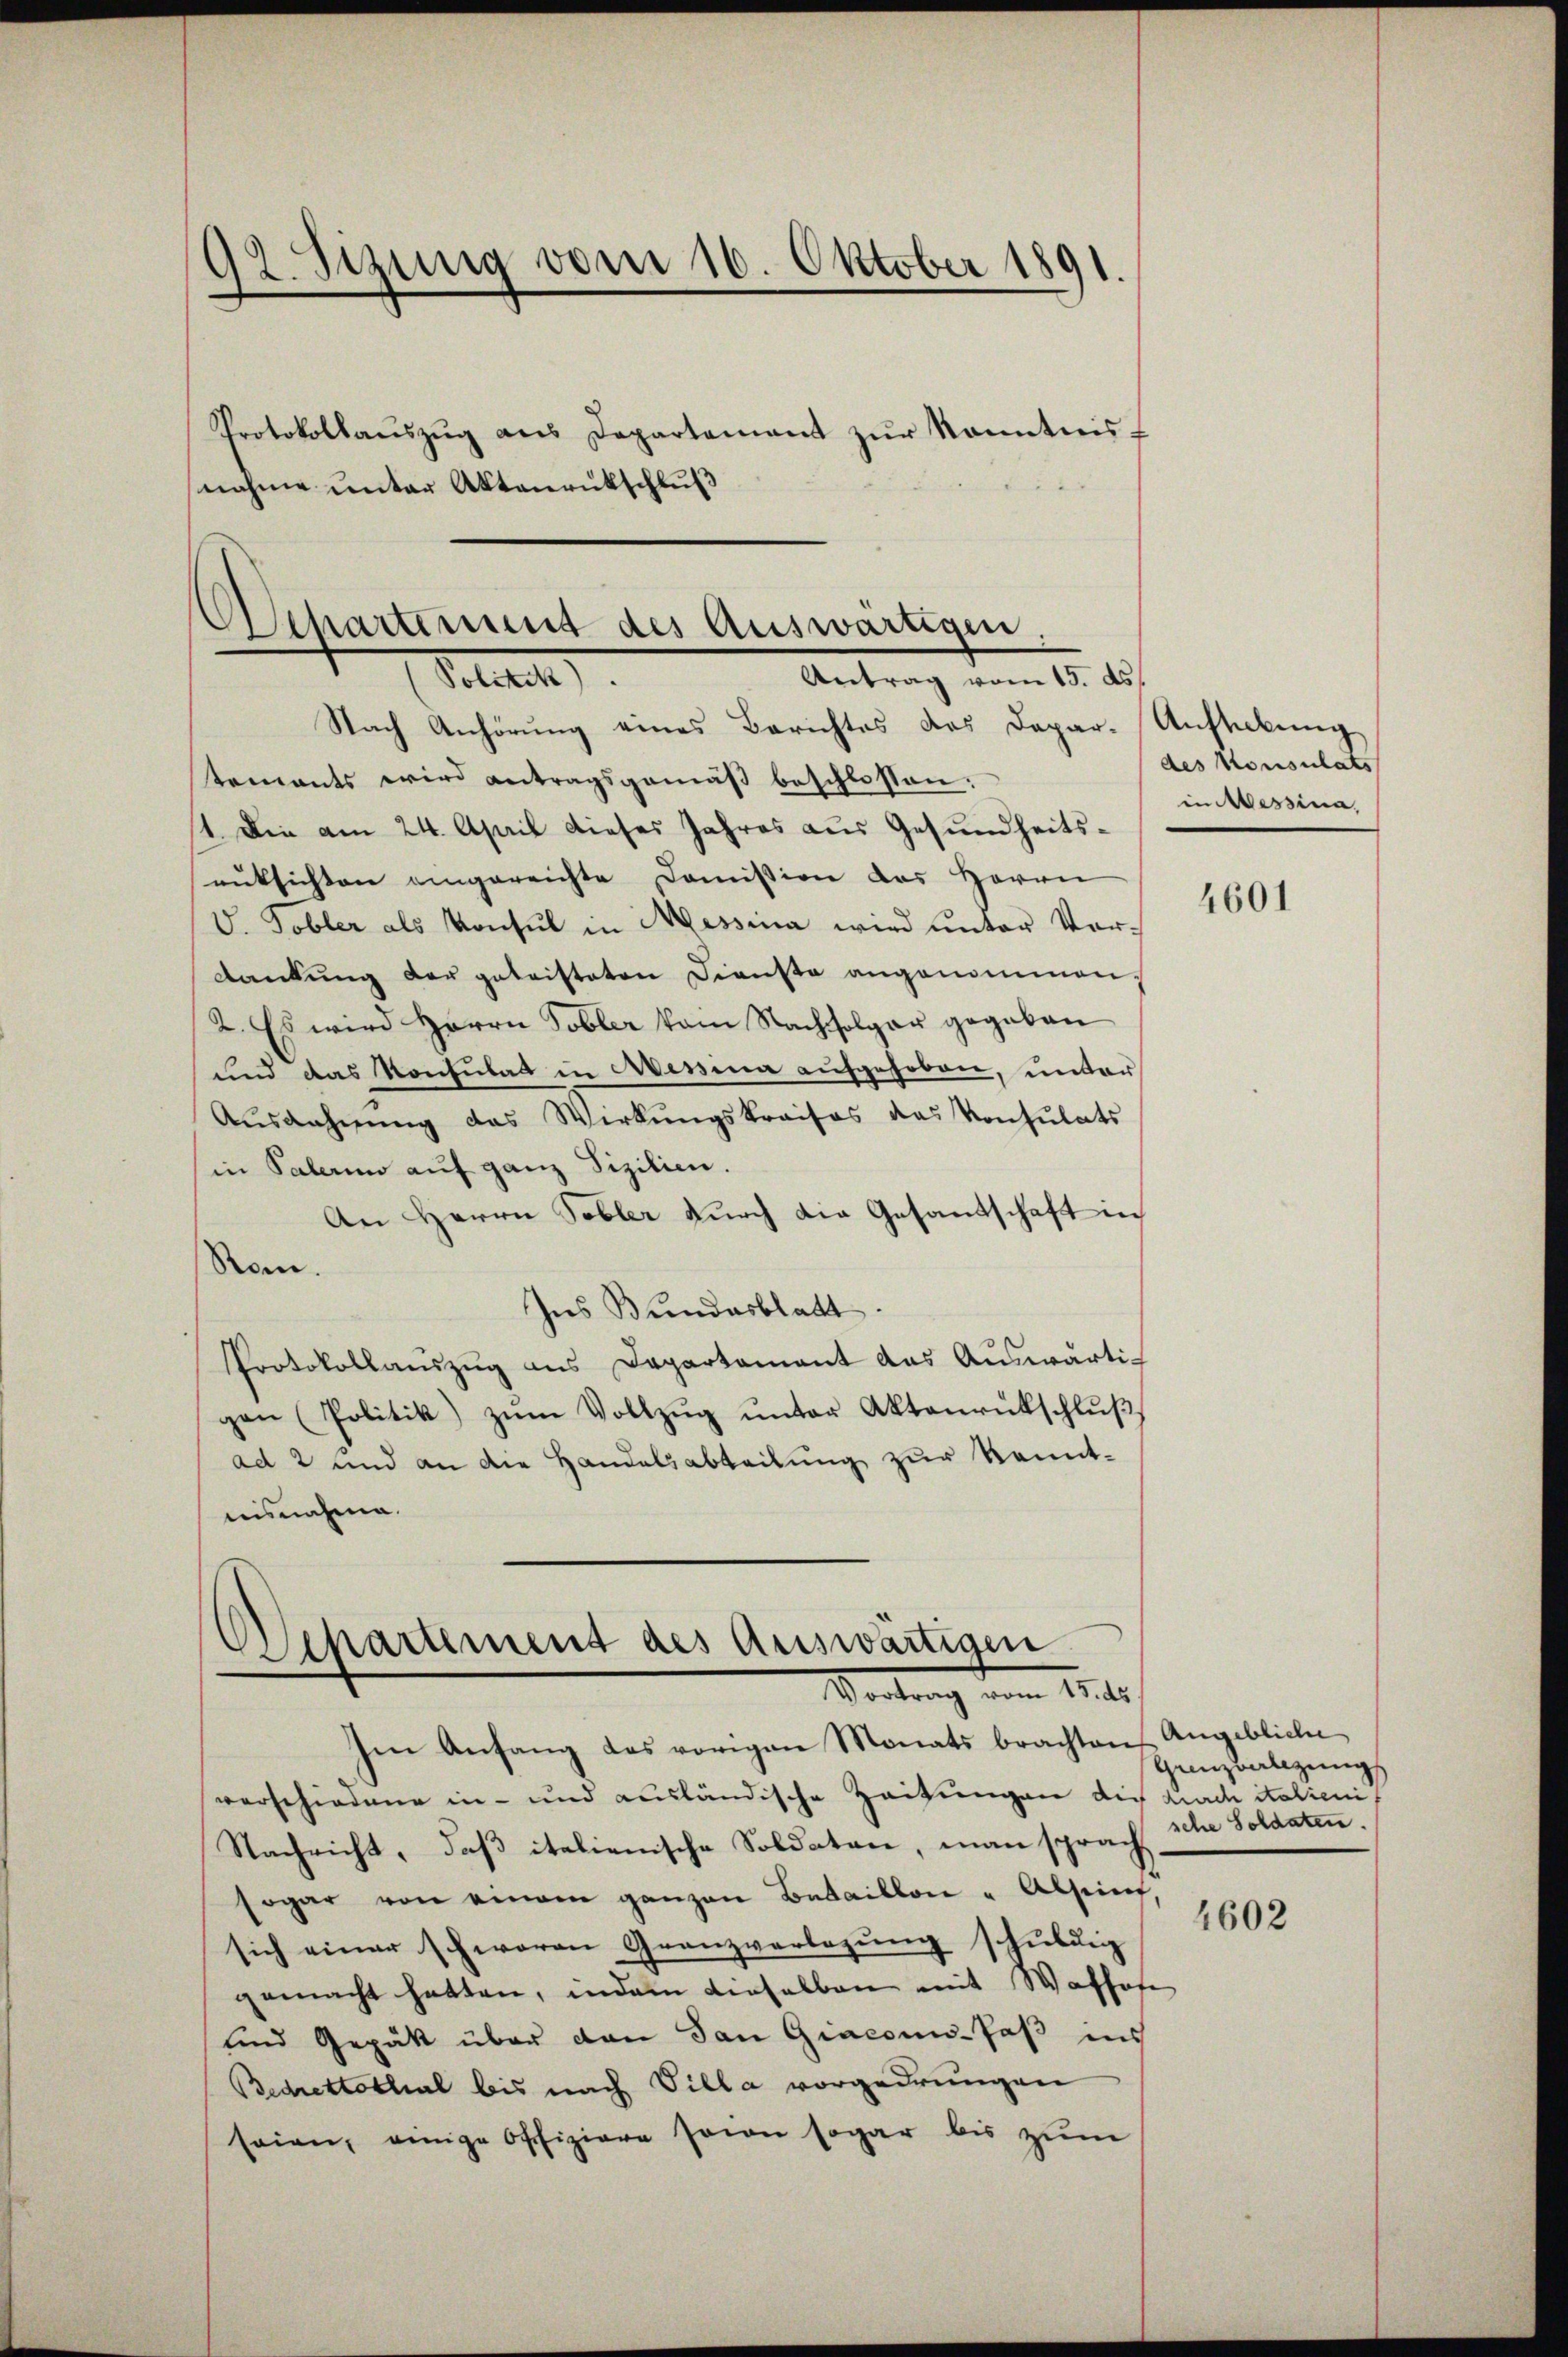
92. Sizung vom 16. Oktober 1891.
Protokollauszug aus Departement zur Kenntnisnahme unter Aktenrückschluß

Nach Anhörŭng eines Berichtes das Dapar-Anstabŭng
tements wird antragsgemäß beschlossen:
1. Die am 24. April dieses Jahres aus Gesundheitsrüksichten eingereichte Doṁission des Herrn
V. Tobler als Konsul in Messina wird unter Vordankŭng der geleisteten Dienste angenommen,
2. Es wird Herrn Tobler vom Nachfolger gegeben
und das Konsulat in Messina aufgehoben, unter
Aŭsgahnŭng das Wirkungskraisos das Konsulats
in Palerin auf ganz Sizilien.
An Herrn Tobler durch die Gesantschaft in
Ran.
Ins Bundesblatt.
Protokollauszug aus Departament das Auswärtig
gen (Politik) zŭm Vollzŭg ŭnter Aktenrückschlŭβ
ad 2 und an die Handelsabteilung zur Kenntausnahme.

Separtirung des Auswärtigen.
Antrag vom 15. ds
Petitel.

Departement des Auswärtigen
Vortrag vom 11.te

des Konsulats
in Messina,

Im Anfang das vorigen Monats brachten
verschiedene in- und ausländische Zeitungen die durch italienis
Nachricht, daβ italienische Soldaten, man sprach
sogar von einem ganzen Bataillon " Alsein
sich einer schworen Granzverlegung schuldig
gemacht hatten, indem dieselben mit Waffen
und Gepätt über den San Giaconu- Paß ins
Bedrettotal bis nach Villa vorgedrungen
seien, einige Offiziere sein sogar bis zum

4601

Angebliche
Gunzvalizung
sche Soldaten.

4602